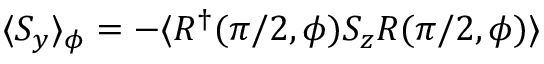
\langle S _ { y } \rangle _ { \phi } = - \langle R ^ { \dagger } ( \pi / 2 , \phi ) S _ { z } R ( \pi / 2 , \phi ) \rangle